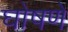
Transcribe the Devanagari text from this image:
घोषणे